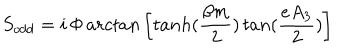
S _ { o d d } = i \, \Phi \, a r c t a n \left[ t a n h ( \frac { \beta m } { 2 } ) \, t a n ( \frac { e A _ { 3 } } { 2 } ) \right]